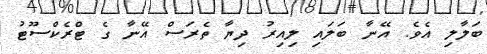
ބަލާލި އެވެ. އޭނާ ބަލައި ލިއިރު ދިޔާ ތެރަަސް އޭނާ ގެ ޓްރެކްސޫޓު